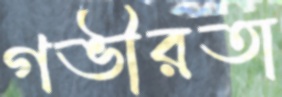
গভীরতা